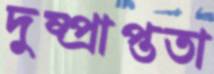
দুষ্প্রাপ্ততা